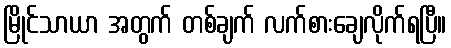
မြိုင်သာယာ အတွက် တစ်ချက် လက်စားချေလိုက်ရပြီ။